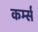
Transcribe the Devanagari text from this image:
कर्म्स